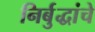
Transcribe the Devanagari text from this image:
निर्बुद्धांचे